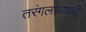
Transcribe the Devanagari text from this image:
तरंगलांब्यांची